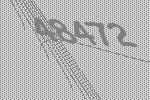
48472